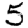
Digit: 5